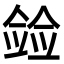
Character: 𫣛